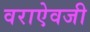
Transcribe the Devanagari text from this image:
वराऐवजी